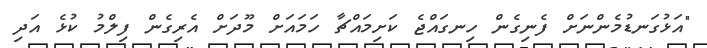
"އަޅުގަނޑުމެންނަށް ފެނިގެން ހިނގައްޖެ ކަށިމައްޗާ ހަމައަށް މޫދަށް އެރިގެން ފިލްމު ކުޅެ އަދި